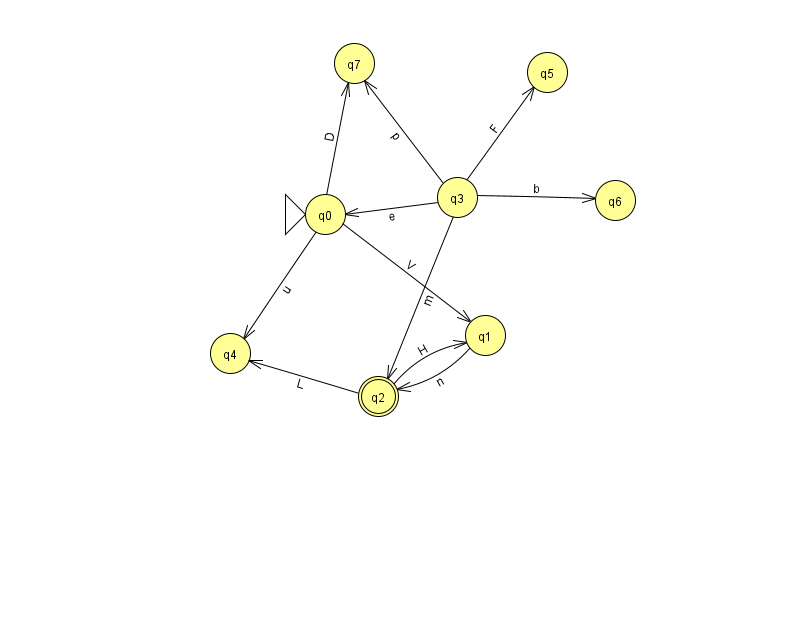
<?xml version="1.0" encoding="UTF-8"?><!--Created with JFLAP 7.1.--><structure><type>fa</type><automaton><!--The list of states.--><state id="0" name="q0"><x>325.0</x><y>201.0</y><initial/></state><state id="1" name="q1"><x>485.0</x><y>322.0</y></state><state id="2" name="q2"><x>378.0</x><y>383.0</y><final/></state><state id="3" name="q3"><x>457.0</x><y>184.0</y></state><state id="4" name="q4"><x>230.0</x><y>340.0</y></state><state id="5" name="q5"><x>547.0</x><y>59.0</y></state><state id="6" name="q6"><x>615.0</x><y>187.0</y></state><state id="7" name="q7"><x>354.0</x><y>50.0</y></state><!--The list of transitions.--><transition><from>1</from><to>2</to><read>n</read></transition><transition><from>3</from><to>0</to><read>e</read></transition><transition><from>3</from><to>7</to><read>p</read></transition><transition><from>0</from><to>1</to><read>V</read></transition><transition><from>0</from><to>7</to><read>D</read></transition><transition><from>3</from><to>2</to><read>m</read></transition><transition><from>2</from><to>1</to><read>H</read></transition><transition><from>3</from><to>5</to><read>F</read></transition><transition><from>3</from><to>6</to><read>b</read></transition><transition><from>0</from><to>4</to><read>u</read></transition><transition><from>2</from><to>4</to><read>L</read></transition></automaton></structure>